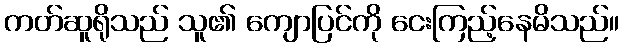
ကတ်ဆူရိုသည် သူ၏ ကျောပြင်ကို ငေးကြည့်နေမိသည်။